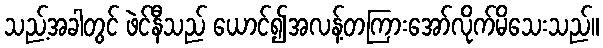
သည့်အခါတွင် ဖဲင်နီသည် ယောင်၍အလန့်တကြားအော်လိုက်မိသေးသည်။